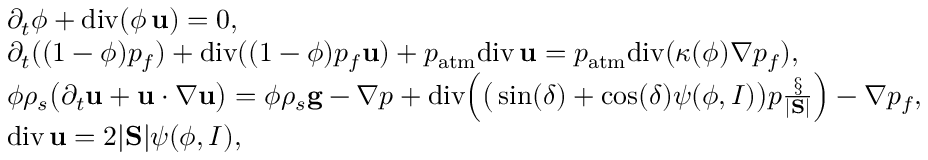
\begin{array} { r l } & { \partial _ { t } \phi + \mathrm { d i v } ( \phi \, { \bf u } ) = 0 , } \\ & { \partial _ { t } ( ( 1 - \phi ) p _ { f } ) + \mathrm { d i v } ( ( 1 - \phi ) p _ { f } { \bf u } ) + p _ { \mathrm { a t m } } \mathrm { d i v } \, { \bf u } = p _ { \mathrm { a t m } } \mathrm { d i v } ( \kappa ( \phi ) \nabla p _ { f } ) , } \\ & { \phi \rho _ { s } \big ( \partial _ { t } { \bf u } + { \bf u } \boldsymbol { \cdot } \nabla { \bf u } \big ) = \phi \rho _ { s } { \bf g } - \nabla p + \mathrm { d i v } \Big ( \big ( \sin ( \delta ) + \cos ( \delta ) \psi ( \phi , I ) \big ) p \frac { \S } { | \mathrm { \bf S } | } \Big ) - \nabla p _ { f } , } \\ & { \mathrm { d i v } \, { \bf u } = 2 | \mathrm { \bf S } | \psi ( \phi , I ) , } \end{array}